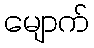
မျောက်